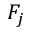
F _ { j }